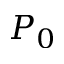
P _ { 0 }